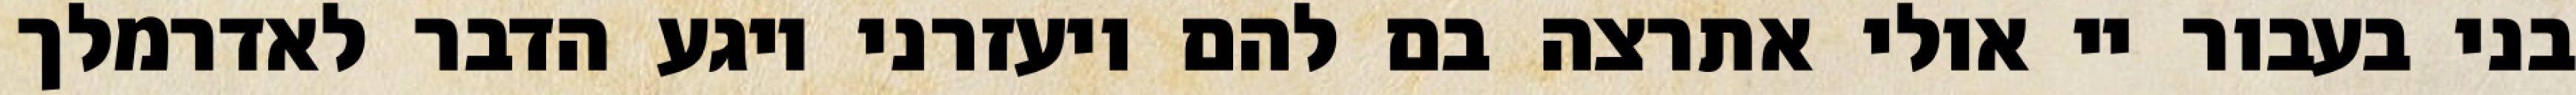
בני בעבור יי אולי אתרצה בם להם ויעזרני ויגע הדבר לאדרמלך